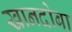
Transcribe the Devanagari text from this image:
खानदोबा